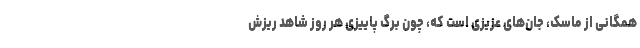
همگانی از ماسک، جان‌های عزیزی است که، چون برگ پاییزی هر روز شاهد ریزش